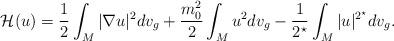
\begin{align*} \mathcal{H}(u)= \frac{1}{2}\int_M |\nabla u|^2 dv_g +\frac{m_0^2}{2} \int_M u^2 dv_g -\frac{1}{2^\star} \int_M |u|^{2^\star} dv_g. \end{align*}